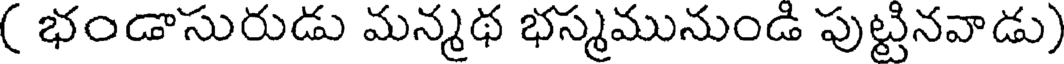
( భండాసురుడు మన్మథ భస్మమునుండి పుట్టినవాడు)